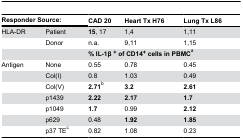
<table><thead><tr><td colspan="2"><b>Responder Source:</b></td><td><b>CAD 20</b></td><td><b>Heart Tx H76</b></td><td><b>Lung Tx L86</b></td></tr></thead><tbody><tr><td>HLA-DR</td><td>Patient</td><td><b>15</b>, 17</td><td>1,4</td><td>1,11</td></tr><tr><td></td><td>Donor</td><td>n.a.</td><td>9,11</td><td>1,15</td></tr><tr><td></td><td></td><td colspan="3"><b>% IL-1β <sup>+</sup> of CD14<sup>+</sup> cells in PBMC</b><sup>a</sup></td></tr><tr><td>Antigen</td><td>None</td><td>0.55</td><td>0.78</td><td>0.45</td></tr><tr><td></td><td>Col(I)</td><td>0.8</td><td>1.03</td><td>0.49</td></tr><tr><td></td><td>Col(V)</td><td><b>2.71</b><sup>b</sup></td><td><b>3.2</b></td><td><b>2.61</b></td></tr><tr><td></td><td>p1439</td><td><b>2.22</b></td><td><b>2.17</b></td><td><b>1.7</b></td></tr><tr><td></td><td>p1049</td><td><b>1.7</b></td><td>0.99</td><td><b>2.12</b></td></tr><tr><td></td><td>p629</td><td>0.48</td><td><b>1.92</b></td><td><b>1.85</b></td></tr><tr><td></td><td>p37 TE<sup>c</sup></td><td>0.82</td><td>1.08</td><td>0.23</td></tr></tbody></table>